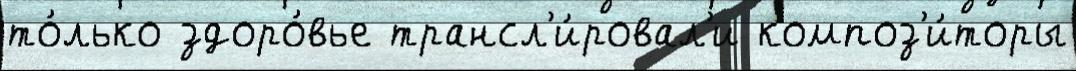
то́лько здоро́вье трансл'и́ровал'и композ'и́торы